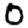
Digit: 0